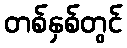
တစ်နှစ်တွင်